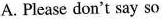
A. Please don't say so